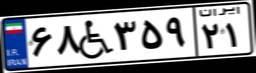
۶۸W۳۵۹۲۱